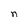
Character: n